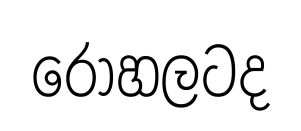
රෝහලටද